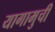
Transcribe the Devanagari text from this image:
यागामुची